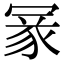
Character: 𠖔